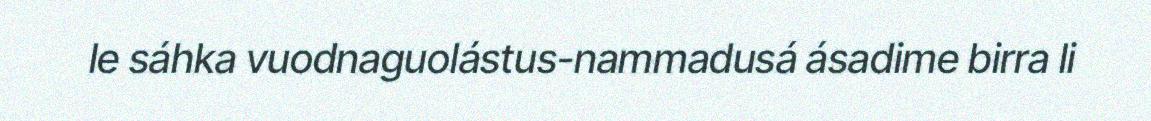
le sáhka vuodnaguolástus-nammadusá ásadime birra li